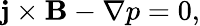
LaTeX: \mathbf{j}\times\mathbf{B}-\nabla p=0,